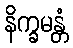
နိက္ခမန္တံ